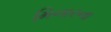
મિનારના